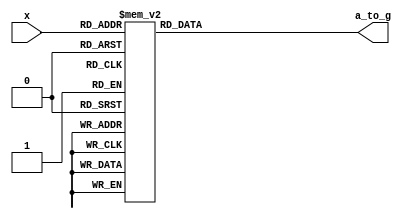
module led7seg(x, a_to_g);

input  wire [3:0] x;
output reg  [6:0] a_to_g;

always @(*)
    case(x)
        4'b0000 : a_to_g<=7'b0000001;    //Display 0
        4'b0001 : a_to_g<=7'b1001111;    //Display 1
        4'b0010 : a_to_g<=7'b0010010;    //Display 2
        4'b0011 : a_to_g<=7'b0000110;    //Display 3
        4'b0100 : a_to_g<=7'b1001100;    //Display 4
        4'b0101 : a_to_g<=7'b0100100;    //Display 5
        4'b0110 : a_to_g<=7'b0100000;    //Display 6
        4'b0111 : a_to_g<=7'b0001111;    //Display 7
        4'b1000 : a_to_g<=7'b0000000;    //Display 8
        4'b1001 : a_to_g<=7'b0001100;    //Display 9
        4'b1010 : a_to_g<=7'b0001000;    //Display A
        4'b1011 : a_to_g<=7'b1100000;    //Display b
        4'b1100 : a_to_g<=7'b0110001;    //Display C
        4'b1101 : a_to_g<=7'b1000010;    //Display d
        4'b1110 : a_to_g<=7'b0110000;    //Display E
        4'b1111 : a_to_g<=7'b0111000;    //Display F
        
    endcase

endmodule